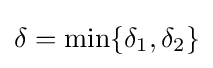
\delta =\min\{\delta _{1},\delta _{2}\}